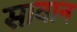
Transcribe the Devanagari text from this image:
सावान